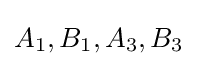
A_{1},B_{1},A_{3},B_{3}